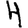
Digit: 4